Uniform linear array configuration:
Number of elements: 4
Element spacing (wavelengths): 0.5
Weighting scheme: exponential
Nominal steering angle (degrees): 15
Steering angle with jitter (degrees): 15.087
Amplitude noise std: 0.05
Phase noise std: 0.05

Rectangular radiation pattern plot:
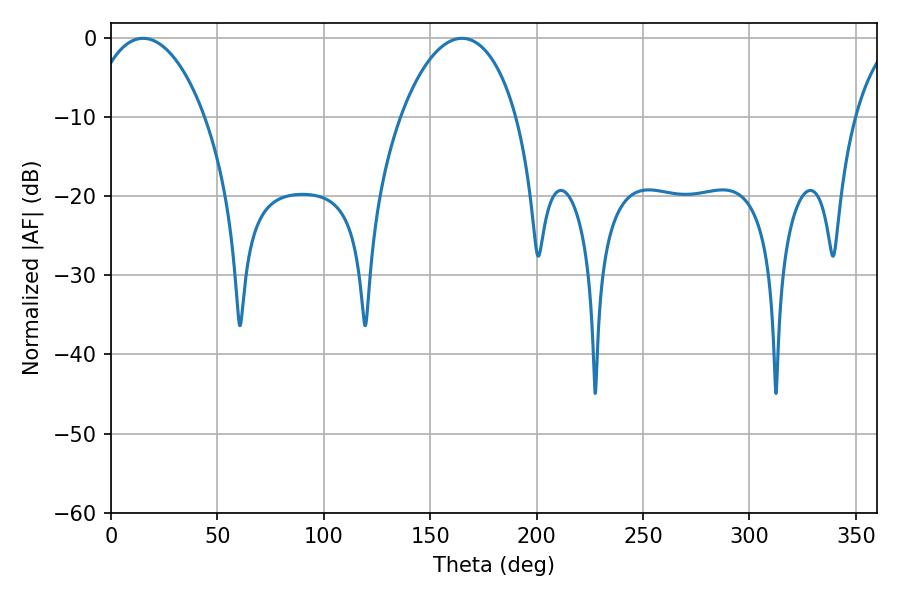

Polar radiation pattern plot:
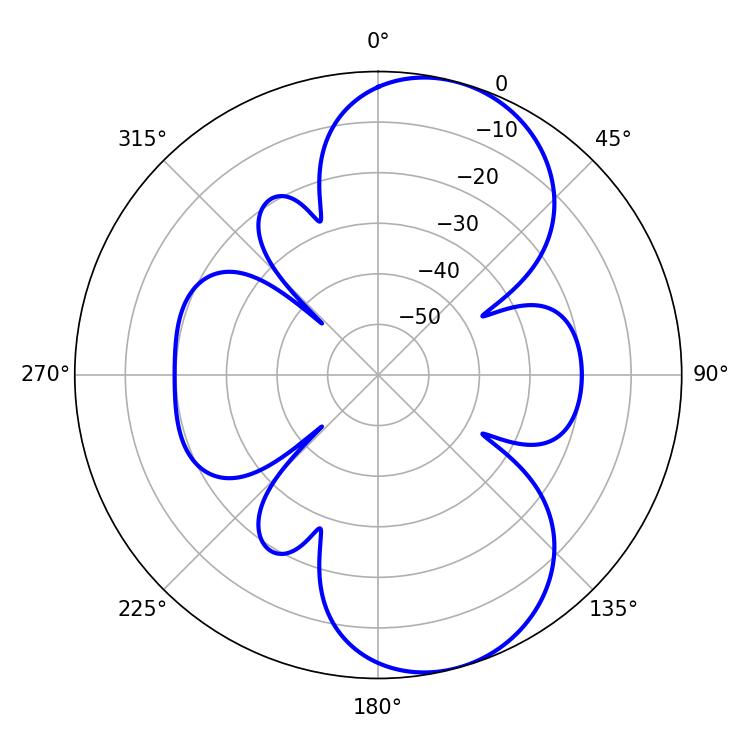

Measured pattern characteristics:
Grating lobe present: FALSE
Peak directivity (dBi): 8.255
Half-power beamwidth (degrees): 30.96
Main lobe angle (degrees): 15.12